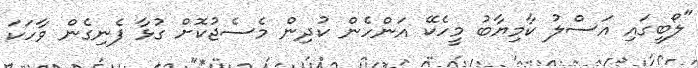
"ލޯބީގައި އަސްލު ކާމިޔާބު މީހެކޭ އަންހެން ކުދިން މެސެޖުކޮށް ގުޅާ ފެނިގެން ވާހަކަ